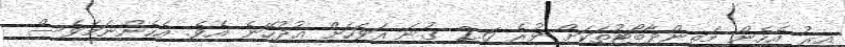
އިރު އެހެން މަތިންދާބޯޓުތަކަށް ވުރެ 2.6 ގުނަ އަވަހަށް އުދުހޭނެ އެވެ. އެހެންނަމަވެސް